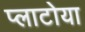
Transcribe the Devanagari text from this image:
प्लाटोया